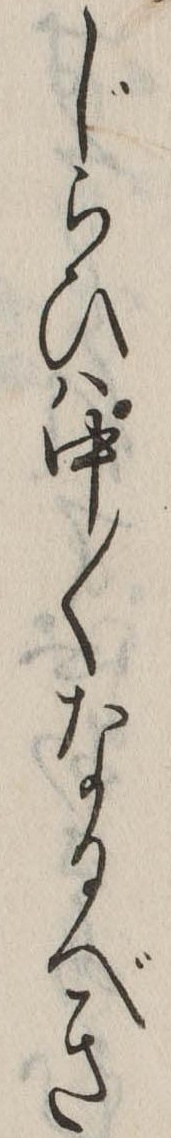
じらひは中〱なるべき